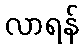
လာရန်